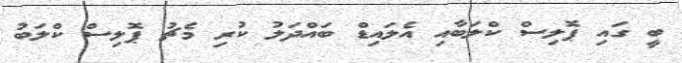
ބީ ގައި ޕޮލިސް ކްލަބާއި އެލައިޑް ބައްދަލު ކުރި މެޗު ޕޮލިސް ކްލަބު